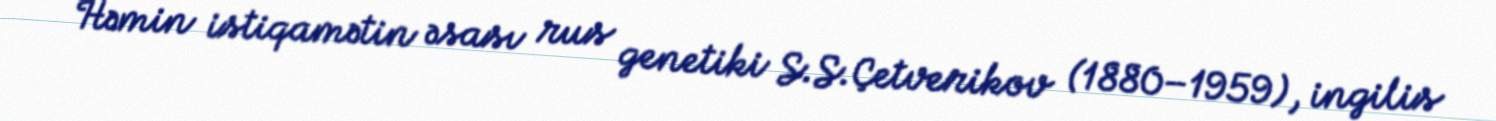
Həmin istiqamətin əsası rus genetiki S.S.Çetverikov (1880–1959), ingilis